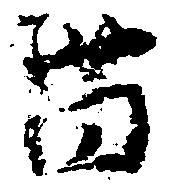
薗